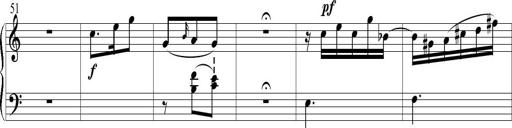
Title: 6 Leichte Sonatinen, Teil 1
Composer: F. Sigismund Sander